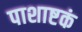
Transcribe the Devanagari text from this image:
पाशाष्टकं